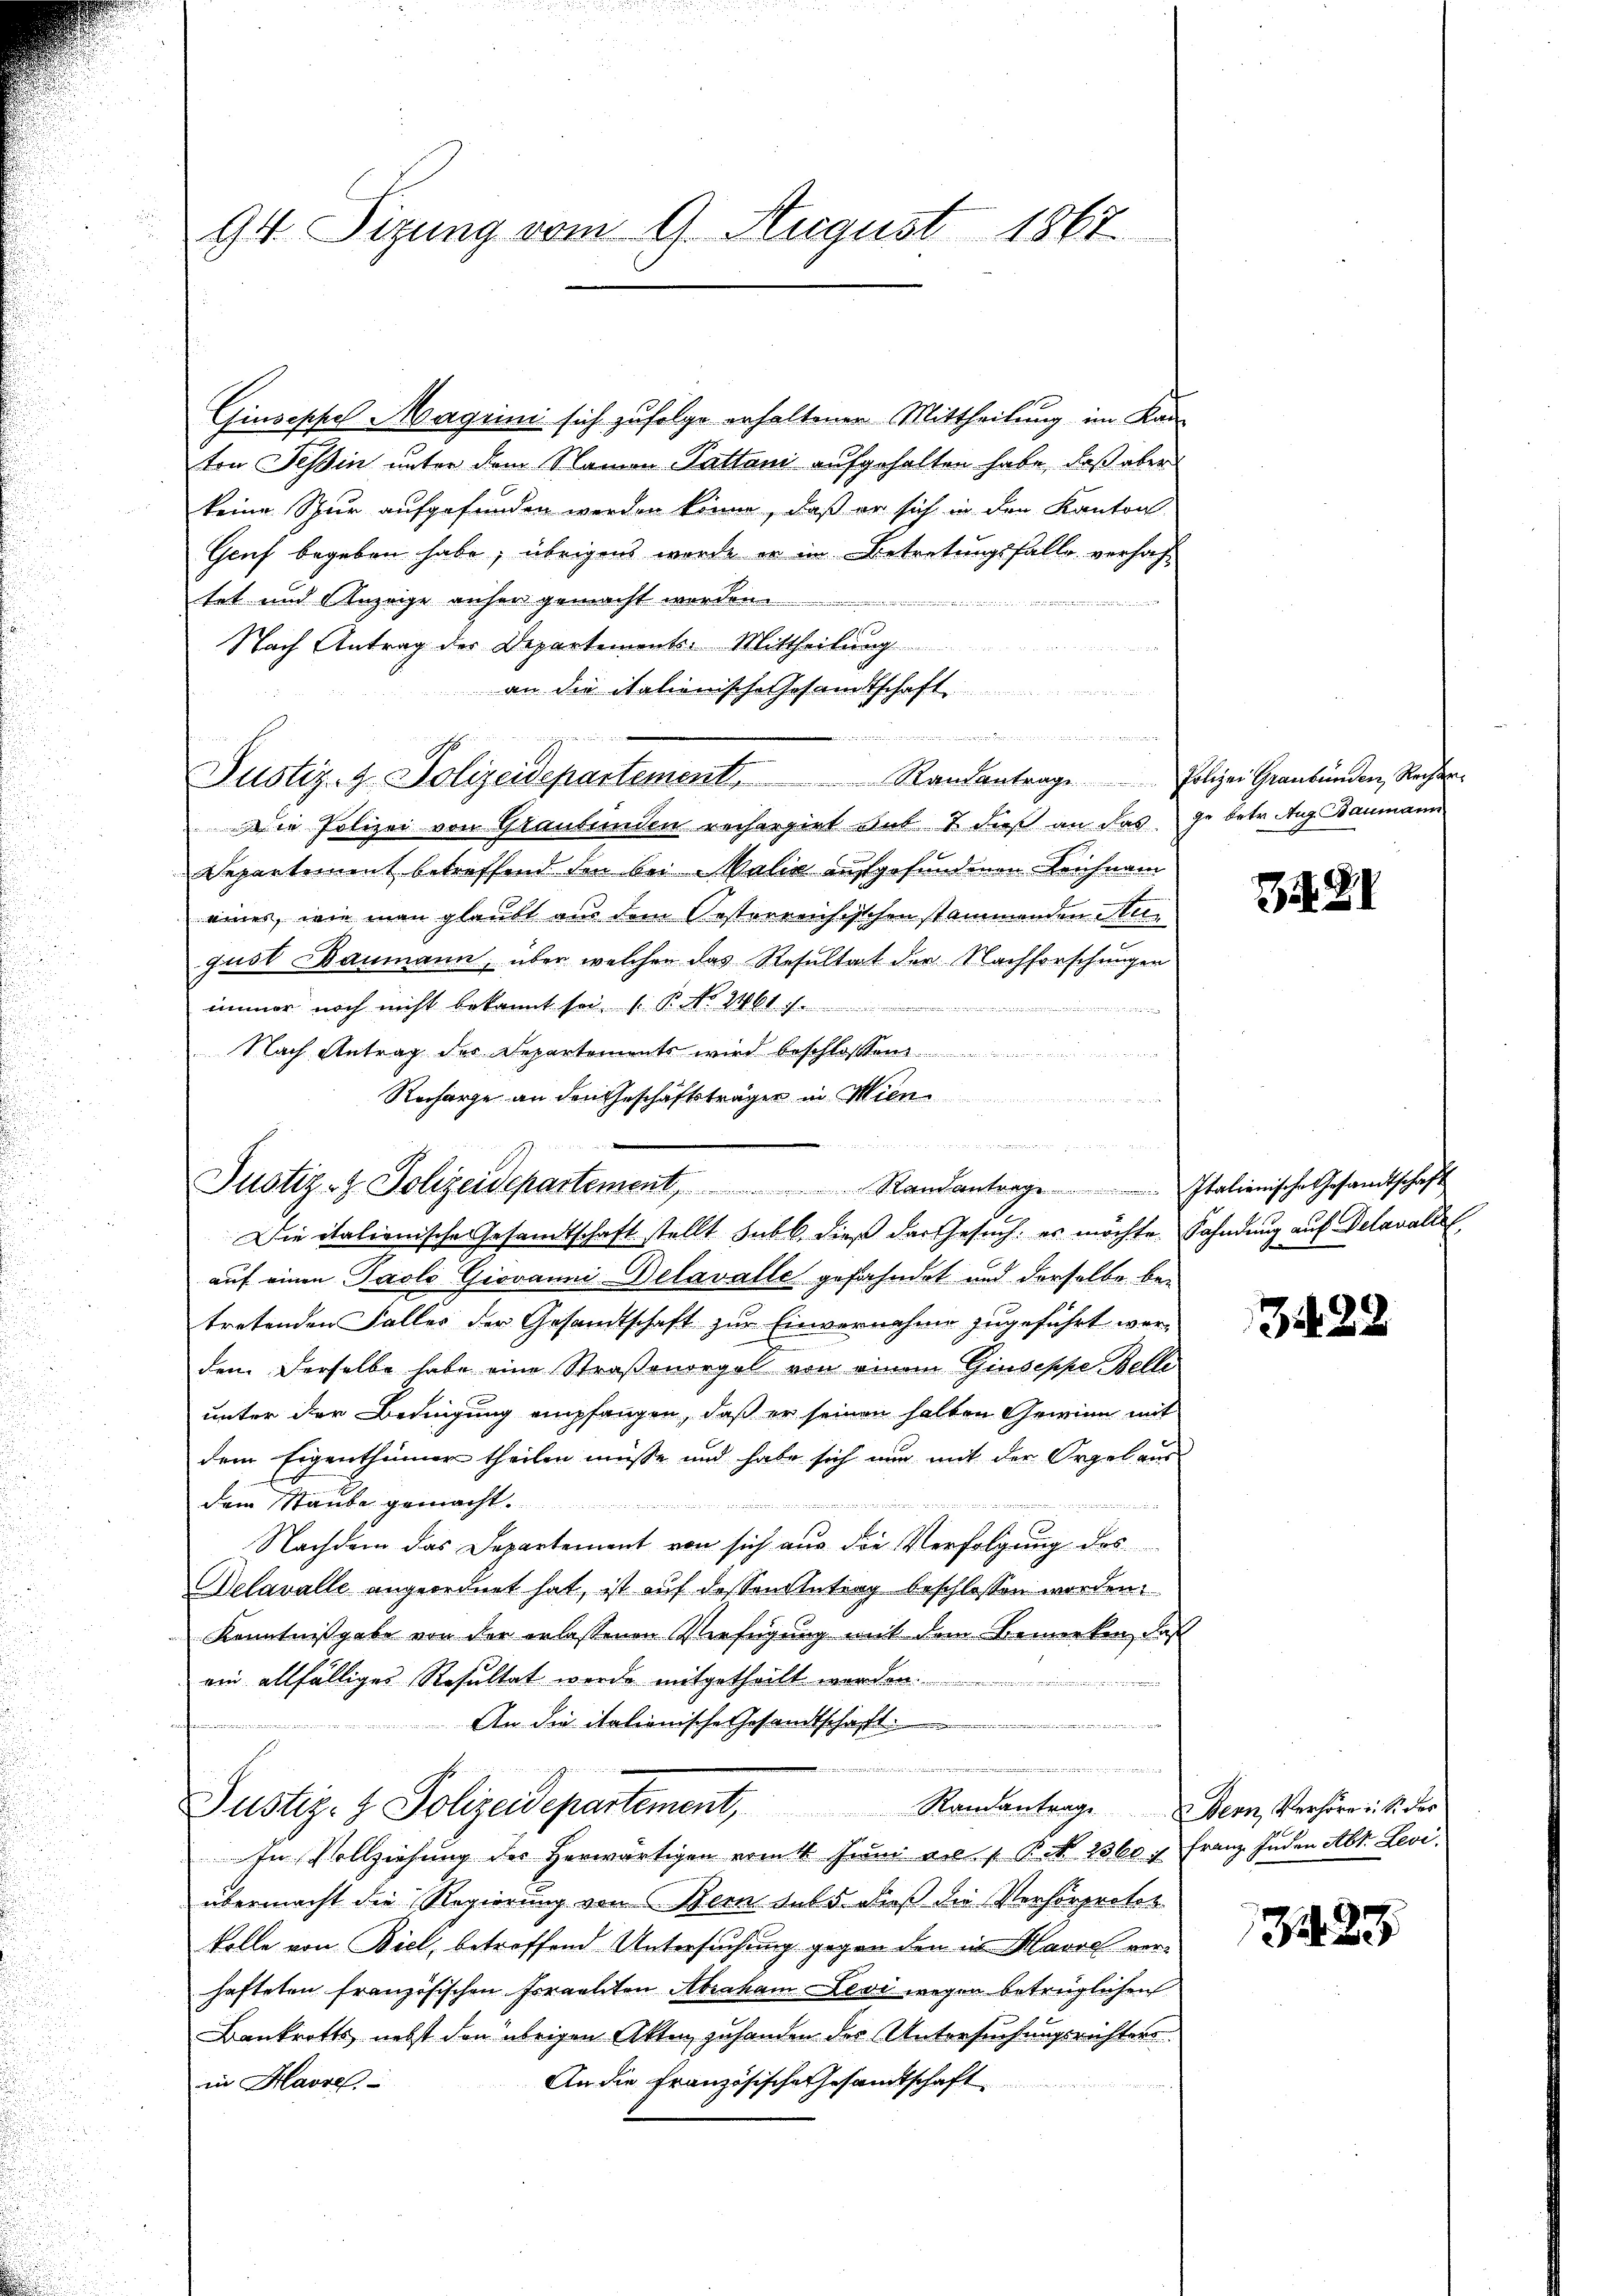
9t. Sizung vom 9. August 1867

Giuseppel Magrini sich zufolge erhaltenen Mittheilung im Kanton Tessin unter dem Namen-Pattani aufgehalten habe, daß aber
keine Spur aufgefunden werden könne, daß er sich in den Kanton
Gruf begeben habe, übrigens werde er im Betretungsfalle verhaftet und Anzeige anher gemacht werden.

Nach Antrag der Departements-Mittheilung
an die italienische Gesandtschaft
  den erstand
Justiz- & Polizeidepartement. Randantrage Polizei Graubünden Rechten.
Die Polizei von Glaubenden rechargirt aus & dieß an das je betr. Aug. Baumann
Departement betreffend den bei Malić aufgefundenen Leichnam
eines, wie man glaubt aus dem Oesterrensischen stammenden Meigust Baumann, über welchen das Resultat der Nachforschungen
immer noch nicht bekannt sei. P. Nr. Mt.
s
Nach Antrag des Departements wird beschlossen
Recharge an den Geschäftsträger in Wien
gegen ist ist an als wird der Beden in

Justiz- & Polizeidepartement  ..  ..  ..  Randantrage Italienische Gesandtschaft

Die italienische Gesamtschaft stellt sub b. dieß der Gesuch, es möchte. Fahndung auf Delavallel
auf einen Paolo Giovanni Delavalle gefahndet und derselbe betretenden Falles der Gesandtschaft zur Einvernahme zugeführt werden derselbe habe eine Straßenorgel von einem Giuseppe Belle
unter der Bedingung empfangen, daß er seinen halten Gewinn mit
dem Eigenthümer theilen müsse und habe sich nun mit der Orgel aus

dem Staube gemacht.

Nachdem das Departement von sich aus die Verfolgung des
Delavalle angeordnet hat, ist auf dessen Antrag beschlossen worden.
Kenntnißgabe von der erlassenen Verfügung mit dem Bemerken, daß
ein allfälliges Resultat werde mitgetheilt werden.
An die italienische Gesandtschaft.
...........
Justiz- & Polizeidepartement, Randantrage ein Verhörri si der
In Vollziehung des Herwärtigen vom 1t Juni ad 1. Bd. 2360 x Franz Juden Abt. Leviübermacht die Regierung von Bern dass dieß die Verhörproter
kolle von Biel, betreffend Untersuchung gegen den in Marie verhafteten französischen Israeliten Abraham esi wegen betrüglichen
Bankrotts nebst den übrigen Akten zuhanden der Untersuchungsrichters
An die Französische Gesandtschaft
in Havre

Z. 21

3428

32